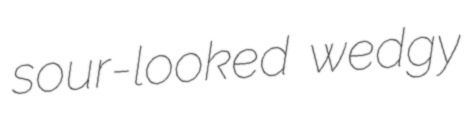
sour-looked wedgy